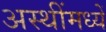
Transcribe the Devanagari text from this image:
अस्थींमध्यें